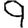
Digit: 9